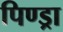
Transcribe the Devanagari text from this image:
पिण्‍ड्रा